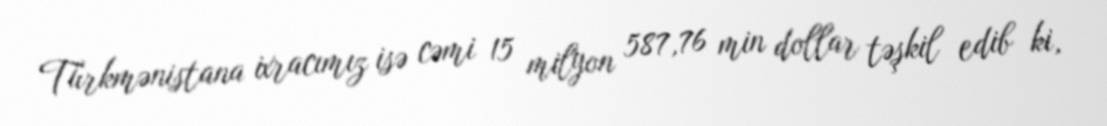
Türkmənistana ixracımız isə cəmi 15 milyon 587,76 min dollar təşkil edib ki,